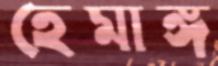
হেমাঙ্গ